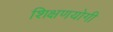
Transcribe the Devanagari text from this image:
शिक्षणयोगी